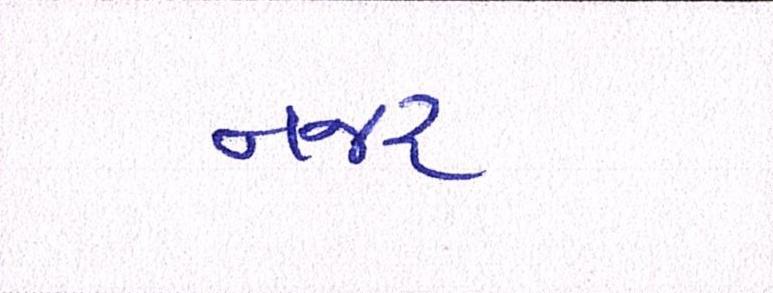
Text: નજર